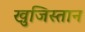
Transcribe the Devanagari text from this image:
खुजिस्तान